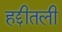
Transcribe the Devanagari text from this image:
हद्दीतली